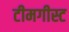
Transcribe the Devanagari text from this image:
टीमगीस्ट